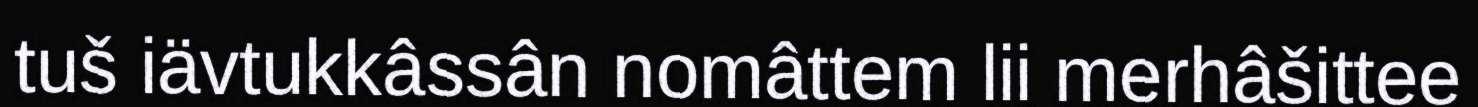
tuš iävtukkâssân nomâttem lii merhâšittee